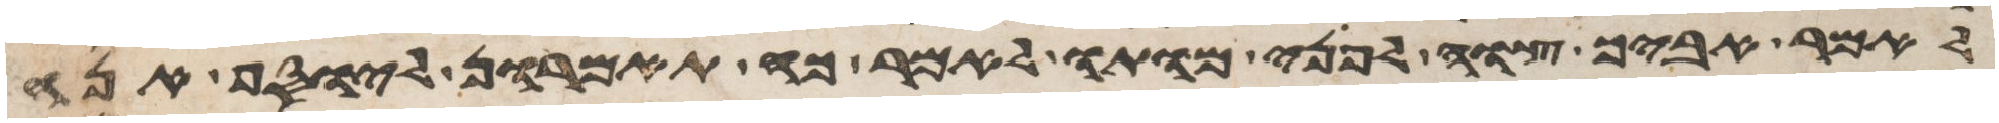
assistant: לאמר אביך צוה לפני מותו לאמר כה תאמרון ליוסף אנה